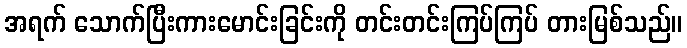
အရက် သောက်ပြီးကားမောင်းခြင်းကို တင်းတင်းကြပ်ကြပ် တားမြစ်သည်။